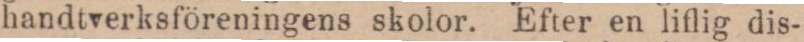
handtverksföreningens skolor. Efter en liflig dis-